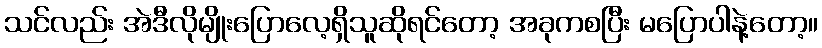
သင်လည်း အဲဒီလိုမျိုးပြောလေ့ရှိသူဆိုရင်တော့ အခုကစပြီး မပြောပါနဲ့တော့။